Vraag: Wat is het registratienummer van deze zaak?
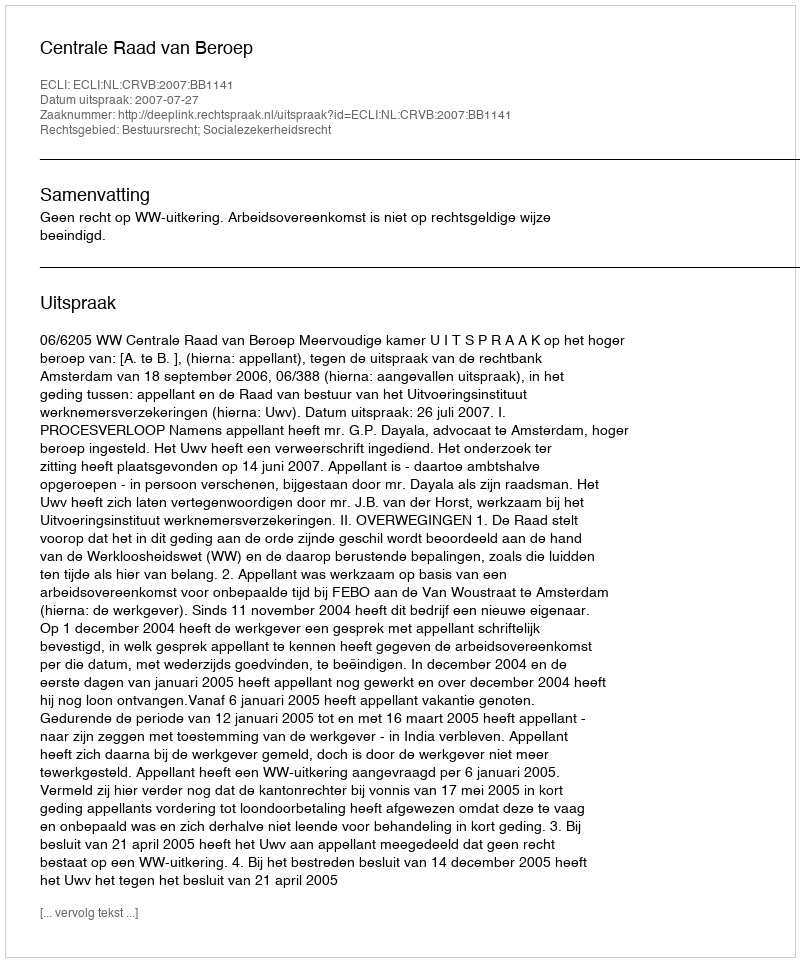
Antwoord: http://deeplink.rechtspraak.nl/uitspraak?id=ECLI:NL:CRVB:2007:BB1141